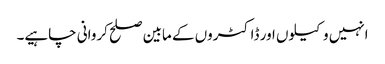
انہیں وکیلوں اور ڈاکٹروں کے مابین صلح کروانی چاہیے۔